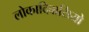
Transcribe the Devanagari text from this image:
लोकादिवासियो